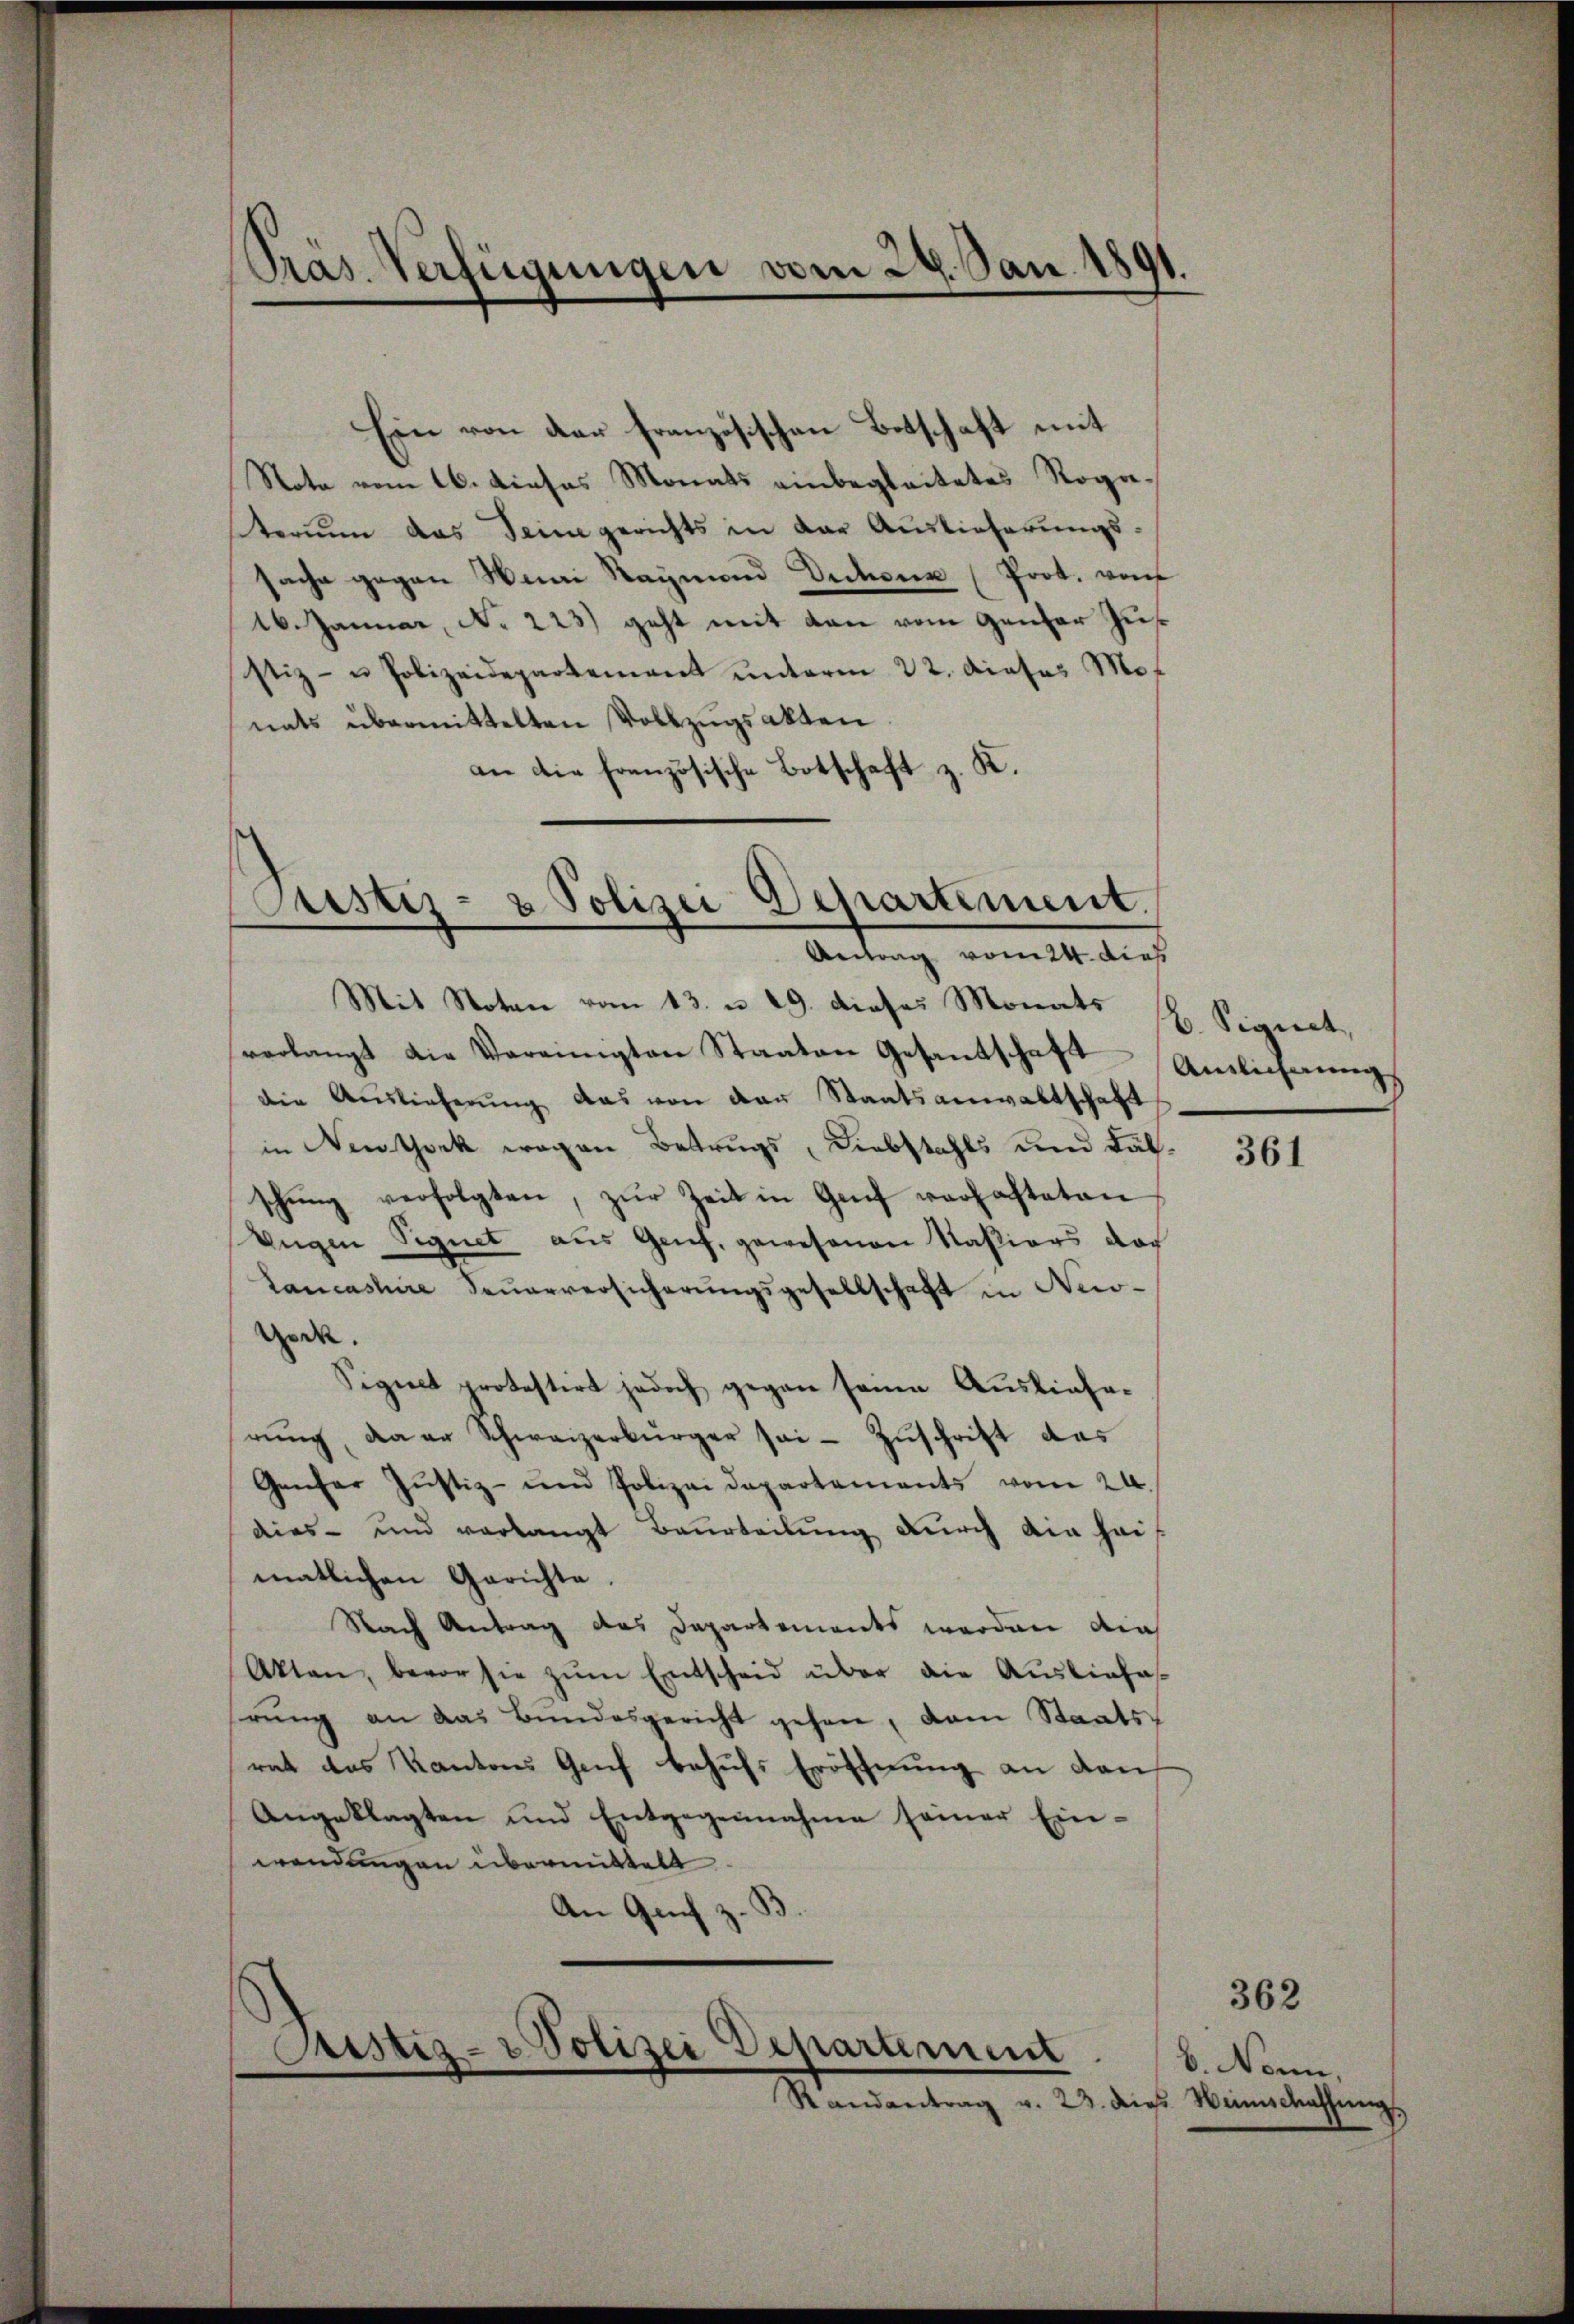
Nota vom 16. dieses Monats einbegleitetes Rogaterum das Sein gerichts in der Auslieferungssache gegen Wini Raymond Dictor (Prot. von
16. Januar, No 223) geht mit den vom Genfer Zusstiz- u Polizeidepartement ŭnterm 22. dieses Mo
nats übermittelten Vollzugsakten
an die französische Botschaft z. K.

Pras. Verfügungen vom 27. Jan. 1891.

Ein von der französischen Botschaft mit

Justiz- & Polizei Departement.
Antrag vom 24. dies

Mit Noten vom 13. u. 19. dieses Monats
verlangt die Vereinigten Staaten Gesandtschaft
die Auslieferŭng das von der Staatsanwaltschaft
in Newtock wegen Betrugs, Liebstahls und Fälschung verfolgten, zur Zeit in Genf verhafteten
Eugen Signet aus Genf, gewesenen Naßiars doch
Lancassire Feuerversicherungsgesellschaft in Neco-
Ged.
Signet protestirt jedoch gegen seine Auslieferŭng, da er Schweizerbürger sei - Zŭschrift das
Genfer Justiz- und Polizeidepartements vom 24.
dies- und verlangt Beurteilung durch ain heimatlichen Gerichte.
Nach Antrag des Departements werden die
Akten, bevor sie zŭm Entscheid über die Ausliefes
rŭng an das Bundesgericht gehen, dem Staats-
rat das Kantons Genf behufs Eröffnung an den
Angeklagten und Entgegennahme seiner Ein-
wendungen übermittelt
An Genf z. B.

Justiz- & Polizei Departement
Randantrag v. 23. die Weinschassŭngs

b. Signet,
Anlicherung

361

b. Nonn,

362